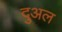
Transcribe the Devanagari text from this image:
दुअल